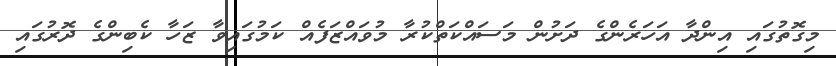
މިގޮތުގައި އިންދާ އަހަރެންގެ ދަށުން މަސައްކަތްކުރާ މުވައްޒަފެއް ކަމުގައިވާ ޒަހާ ކެބިންގެ ދޮރުގައި